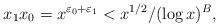
LaTeX: \begin{align*}x_1x_0= x^{\varepsilon_0+\varepsilon_1}< x^{1/2}/(\log x)^B, \end{align*}